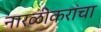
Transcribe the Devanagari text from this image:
नारळीकरांचा